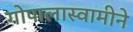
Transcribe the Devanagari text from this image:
गोपालास्वामीने